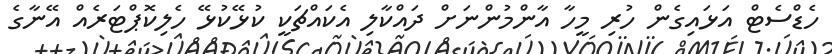
ހެޑްސެޓް އަޅައިގެން ހުރި މީހާ އާންމުންނަށް ދައްކާލި އެކައްޗަކީ ކުޅޭކުޅޭ ހެލިކޮޕްޓަރެއް އޭނާގެ